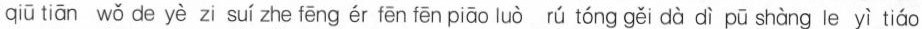
qiū tiān wǒ de yè zi suí zhe fēng ér fēn fēn piāo luò rú tóng gěi dà dì pū shàng le yì tìáo